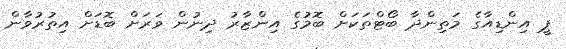
ޕީ އިންޑިއާގެ މަތިންދާ ބޯޓްތަކަށް ބޮމުގެ އިންޒާރު ދިނުން ވަރަށް ބޮޑަށް އިތުރުވާން